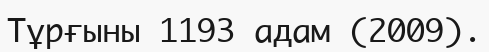
Тұрғыны 1193 адам (2009).